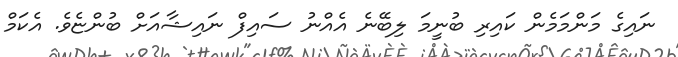
ނައިގެ މަންމަމެން ކައިރި ބުނީމަ ލިބޭނެ އެއްނު ސައިފް ނައިޝާއަށް ބުންޏެވެ. އެކަމް